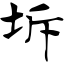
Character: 坼